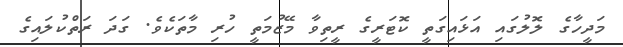
މަދީހާގެ ލޮލުގައި އަޅައިގަތީ ކޮޓަރީގެ ރީތިވާ މޭޒުމަތީ ހުރި މާތަކެވެ. ގަދަ ރަތްކުލައިގެ